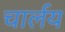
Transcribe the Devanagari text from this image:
चार्लय